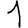
Digit: 1